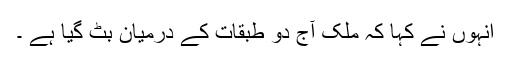
انہوں نے کہا کہ ملک آج دو طبقات کے درمیان بٹ گیا ہے ۔